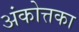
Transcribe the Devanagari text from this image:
अंकोत्तका